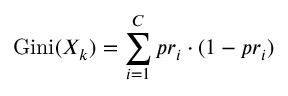
\operatorname { G i n i } ( X _ { k } ) = \sum _ { i = 1 } ^ { C } p r _ { i } \cdot ( 1 - p r _ { i } )